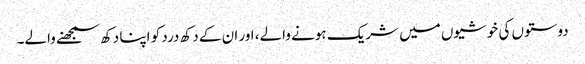
دوستوں کی خوشیوں میں شریک ہونے والے، اور ان کے دکھ درد کو اپنا دکھ سمجھنے والے۔